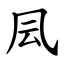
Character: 凨